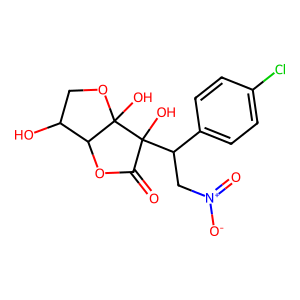
SMILES: O=C1OC2C(O)COC2(O)C1(O)C(C[N+](=O)[O-])c1ccc(Cl)cc1
Inhibits HIV replication: No